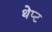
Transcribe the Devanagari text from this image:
थेप्ट